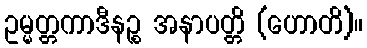
ဥမ္မတ္တကာဒီနဉ္စ အနာပတ္တိ (ဟောတိ)။